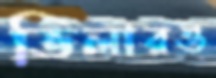
ভিলারও